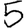
Digit: 5